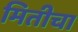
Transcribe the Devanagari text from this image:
मितीचा